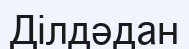
Ділдәдан